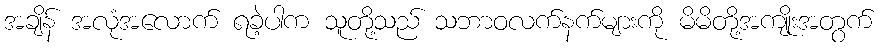
အချိန် အလုံအလောက် ရခဲ့ပါက သူတို့သည် သဘာဝလက်နက်များကို မိမိတို့အကျိုးအတွက်